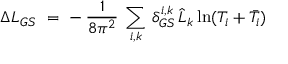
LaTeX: \Delta { \cal L } _ { G S } \ = \ - \, \frac { 1 } { 8 \pi ^ { 2 } } \: \sum _ { i , k } \, \delta _ { G S } ^ { i , k } \, \widehat L _ { k } \ln ( T _ { i } + \bar { T } _ { i } )